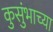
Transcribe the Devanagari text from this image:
कुसुंभाच्या